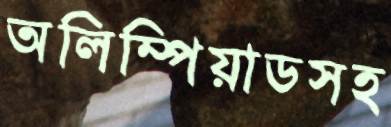
অলিম্পিয়াডসহ